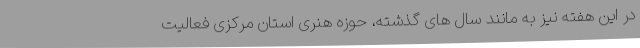
در این هفته نیز به مانند سال های گذشته، حوزه هنری استان مرکزی فعالیت